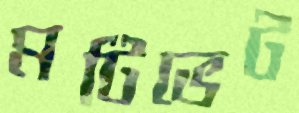
মটিভেট